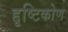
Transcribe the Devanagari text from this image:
द्दृष्टिकोण